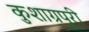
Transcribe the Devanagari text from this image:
कुशाग्रपुरी